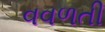
વવળતી